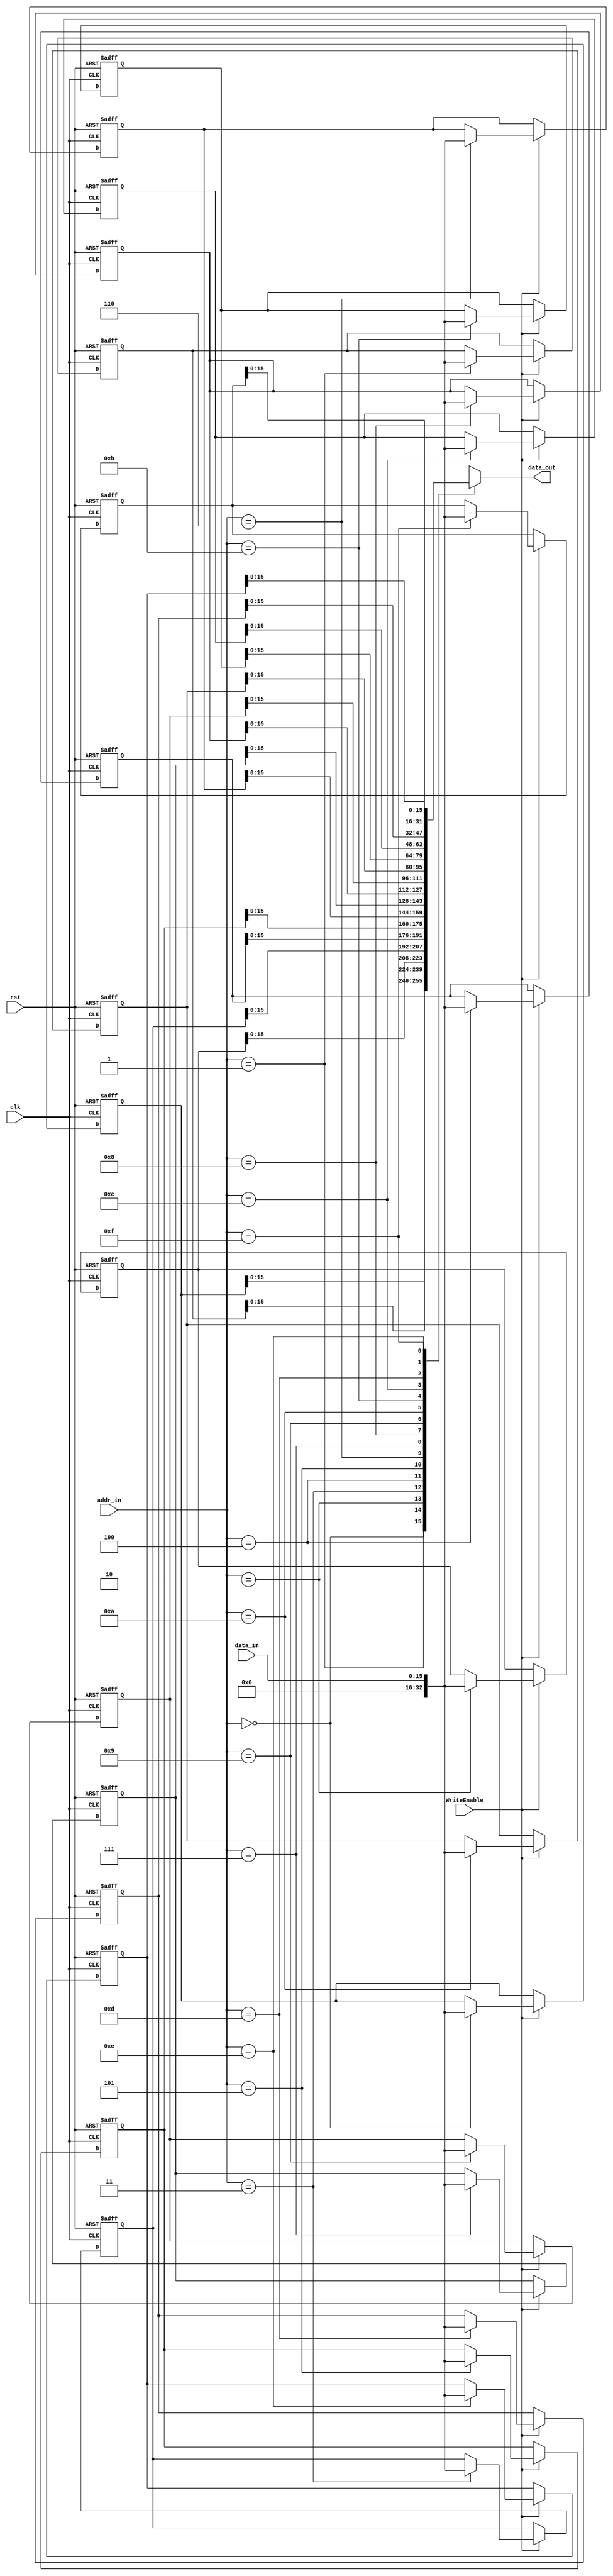
//Data Memory

module DM(addr_in, data_in, data_out, WriteEnable, clk, rst);

//I/O
input [3:0] addr_in;
input [15:0] data_in;
input clk, rst, WriteEnable;
output reg [15:0] data_out;
reg [32:0] data_bank [15:0];

always @ (*)
begin
     	data_out = data_bank[addr_in];
end

always @ (posedge clk, negedge rst)

   if (!rst) begin
        data_bank[0] <= 'h3ADC;
        data_bank[1] <= 'h0000;
        data_bank[2] <= 'h1342;
        data_bank[3] <= 'hADDE;
        data_bank[4] <= 'hEFBE;
        data_bank[5] <= 'hFFFF;
        data_bank[6] <= 'hAAAA;
        data_bank[7] <= 'h0000;
        data_bank[8] <= 'h0000;
        data_bank[9] <= 'h0000;
        data_bank[10] <= 'h0000;
        data_bank[11] <= 'h0000;
        data_bank[12] <= 'h0000;
        data_bank[13] <= 'h0000;
        data_bank[14] <= 'h0000;
        data_bank[15] <= 'h0000;
  end

  else begin
    if (WriteEnable)
      data_bank[addr_in] <= data_in;
  end



endmodule